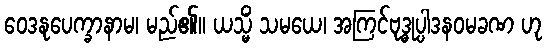
ဝေဒနုပေက္ခာနာမ၊ မည်၏။ ယသ္မိံ သမယေ၊ အကြင်ဗုဒ္ဓုပ္ပါဒနဝမခဏ ဟု